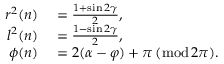
\begin{array} { r l } { r ^ { 2 } ( n ) } & { { } = \frac { 1 + \sin 2 \gamma } { 2 } , } \\ { l ^ { 2 } ( n ) } & { { } = \frac { 1 - \sin 2 \gamma } { 2 } , } \\ { \phi ( n ) } & { { } = 2 ( \alpha - \varphi ) + \pi \, ( \mathrm { m o d } \, 2 \pi ) . } \end{array}